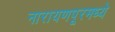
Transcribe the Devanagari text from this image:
नारायणपूरमध्ये